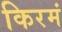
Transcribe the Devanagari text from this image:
किरमं